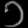
Digit: ၁